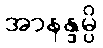
အာနန္ဒမ္ပိ